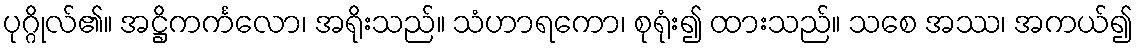
ပုဂ္ဂိုလ်၏။ အဋ္ဌိကင်္ကလော၊ အရိုးသည်။ သံဟာရကော၊ စုရုံး၍ ထားသည်။ သစေ အဿ၊ အကယ်၍